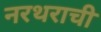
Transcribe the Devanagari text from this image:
नरथराची